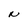
Character: N